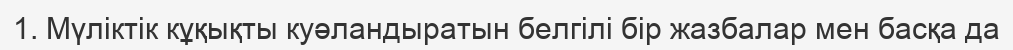
1. Мүліктік кұқықты куәландыратын белгілі бір жазбалар мен басқа да